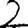
Digit: 2